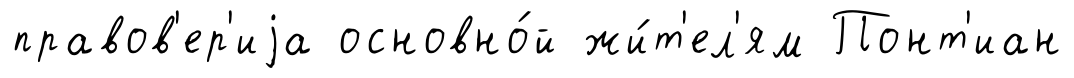
правов'ер'иjа основно́й жи́т'ел'ям Понт'иан